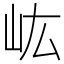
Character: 𡵓